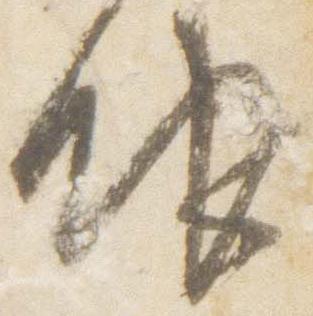
眼